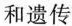
和遗传